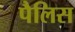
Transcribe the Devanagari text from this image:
पैलिस